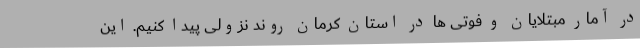
در آمار مبتلایان و فوتی ها در استان کرمان روند نزولی پیدا کنیم. این